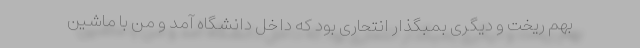
بهم ریخت و دیگری بمبگذار انتحاری بود که داخل دانشگاه آمد و من با ماشین